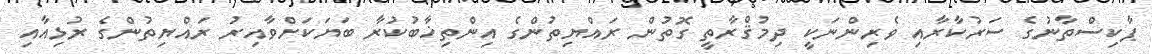
ޕާކިސްތާނުގެ ސަރުކާރާއި ވެރިންނަކީ ދިމުޤްރާތީ ގޮތުން ރައްޔިތުންގެ އިންތިޚާބުކުރާ ބަޔަކަށްވާއިރު ރައްޔިތުންގެ ރުޅިއާއި